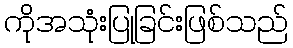
ကိုအသုံးပြုခြင်းဖြစ်သည်